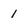
Character: 1